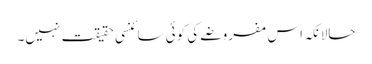
حالانکہ اس مفروضے کی کوئی سائنسی حقیقت نہیں۔